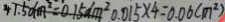
4 1 . 5 d m ^ { 2 } = 0 . 1 5 d m ^ { 2 } 0 . 0 1 5 \times 4 = 0 . 0 6 ( m ^ { 2 } )